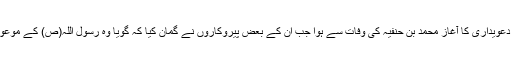
مہدویت کی دعویداری کا آغاز محمد بن حنفیہ کی وفات سے ہوا جب ان کے بعض پیروکاروں نے گمان کیا کہ گویا وہ رسول اللہ(ص) کے موعود مہدی ہیں۔